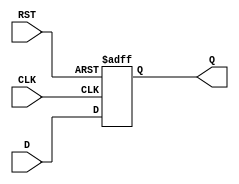
module StageRegister #(
    parameter WIDTH = 8  // Parameter to define the width of the data bus
)(
    input  wire [WIDTH-1:0] D,   // Data input
    input  wire CLK,              // Clock signal
    input  wire RST,              // Asynchronous reset signal
    output reg  [WIDTH-1:0] Q     // Data output
);

    // Always block for asynchronous reset and synchronous data capture
    always @(posedge CLK or posedge RST) begin
        if (RST) begin
            Q <= {WIDTH{1'b0}};      // Clear the register on reset (set to zero)
        end else begin
            Q <= D;                  // Capture the input data on the rising edge of the clock
        end
    end

endmodule